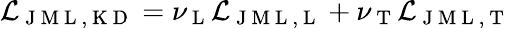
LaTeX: \mathcal{L}_{\mathrm{~J~M~L~,~K~D~}}=\nu_{\mathrm{~L~}}\mathcal{L}_{\mathrm{~J~M~L~,~L~}}+\nu_{\mathrm{~T~}}\mathcal{L}_{\mathrm{~J~M~L~,~T~}}